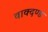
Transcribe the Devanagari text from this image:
वाक्दण्ड